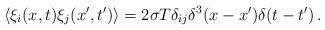
LaTeX: \begin{align*}\langle \xi_i(x,t)\xi_j(x',t') \rangle= 2\sigma T \delta_{ij}\delta^3(x-x')\delta(t-t')\, .\end{align*}